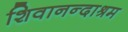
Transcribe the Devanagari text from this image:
शिवानन्दाश्रम